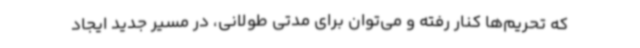
که تحریم‌ها کنار رفته و می‌توان برای مدتی طولانی، در مسیر جدید ایجاد